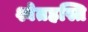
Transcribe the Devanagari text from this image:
श्वेतहस्ति